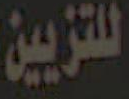
للتزيين